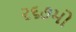
૨૬૭મો